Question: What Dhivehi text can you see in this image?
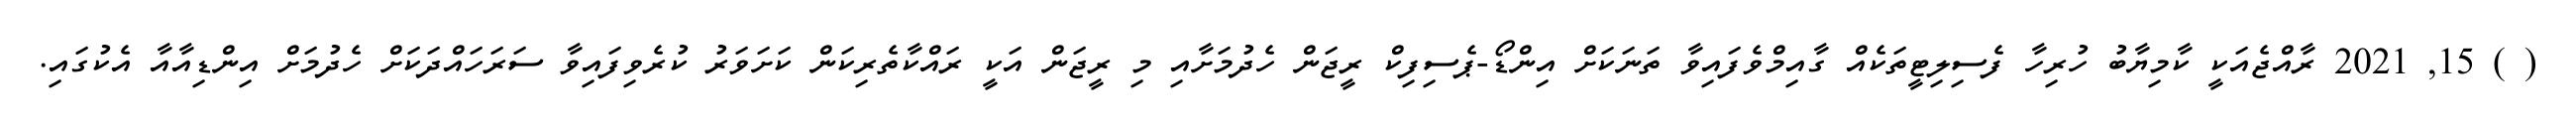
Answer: ( ) 15, 2021 ރާއްޖެއަކީ ކާމިޔާބު ހުރިހާ ފެސިލިޓީތަކެއް ގާއިމްވެފައިވާ ތަނަކަށް އިންޑޯ-ޕެސިފިކް ރީޖަން ހެދުމަށާއި މި ރީޖަން އަކީ ރައްކާތެރިކަން ކަށަވަރު ކުރެވިފައިވާ ސަރަހައްދަކަށް ހެދުމަށް އިންޑިއާއާ އެކުގައި.